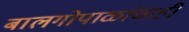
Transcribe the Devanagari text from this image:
बालगोपाळांचाही